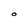
Character: O